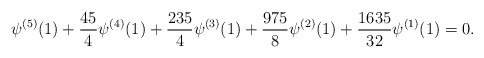
\begin{align*}\psi^{(5)}(1)+\frac{45}{4}\psi^{(4)}(1)+\frac{235}{4}\psi^{(3)}(1)+\frac{975}{8}\psi^{(2)}(1)+\frac{1635}{32}\psi^{(1)}(1)=0.\end{align*}